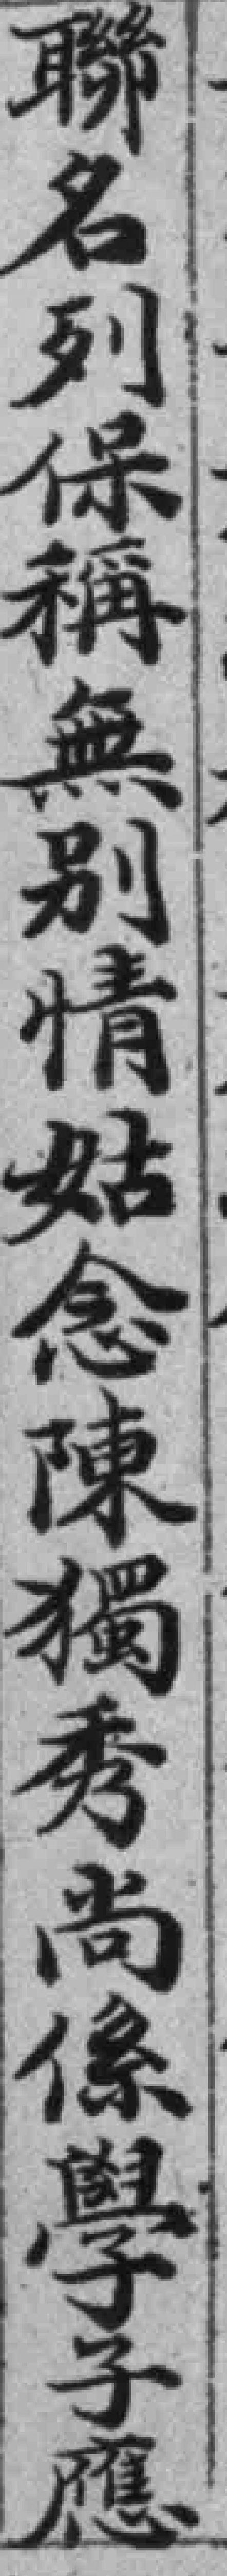
聯名列保稱無別情姑念陳獨秀尚係學子應